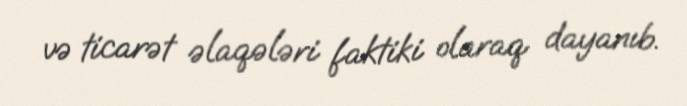
və ticarət əlaqələri faktiki olaraq dayanıb.